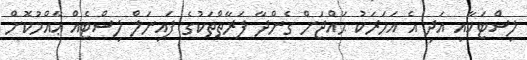
ލިސްޓަކާއި އަދި އެ އަހަރަކު ޙައްޖަށް ގެންދާ ފަރާތްތަކުގެ ފައިނަލް ލިސްޓެއް ޢާއްމުކޮށް